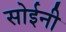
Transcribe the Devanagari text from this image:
सोईनी